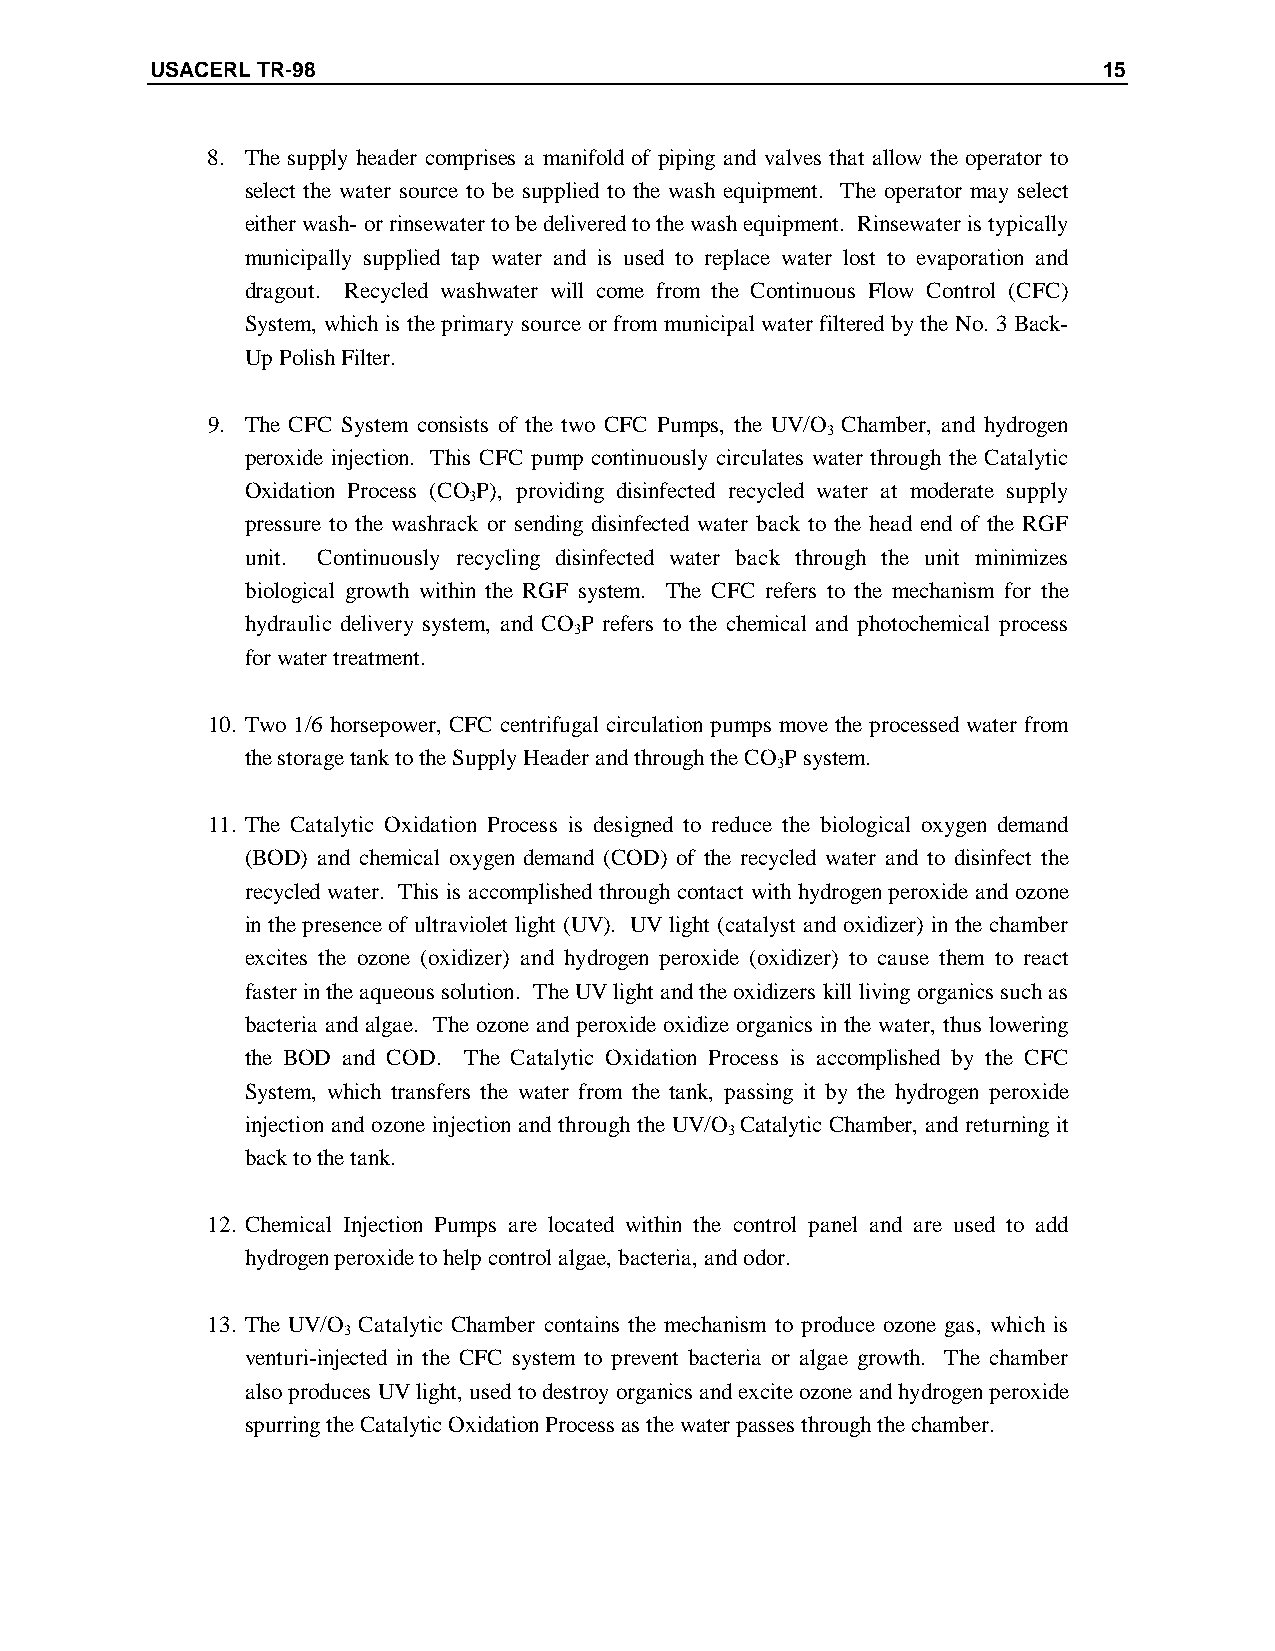
USACERL TR-98                                                  15
 8. The supply header comprises a manifold of piping and valves that allow the operator to
 select the water source to be supplied to the wash equipment. The operator may select
 either wash- or rinsewater to be delivered to the wash equipment. Rinsewater is typically
 municipally supplied tap water and is used to replace water lost to evaporation and
 dragout. Recycled washwater will come from the Continuous Flow Control (CFC)
 System, which is the primary source or from municipal water filtered by the No 3. Back-
 Up Polish Filter.
 9. The CFC System consists of the two CFC Pumps, the UV/O Chamber, and hydrogen
 3
 peroxide injection. This CFC pump continuously circulates water through the Catalytic
 Oxidation Process (COP), providing disinfected recycled water at moderate supply
 3
 pressure to the washrack or sending disinfected water back to the head end of the RGF
 unit. Continuously recycling disinfected water back through the unit minimizes
 biological growth within the RGF system. The CFC refers to the mechanism for the
 hydraulic delivery system, and COP refers to the chemical and photochemical process
 3
 for water treatment.
 10. Two 1/6 horsepower, CFC centrifugal circulation pumps move the processed water from
 the storage tank to the Supply Header and through the COP system.
 3
 11. The Catalytic Oxidation Process is designed to reduce the biological oxygen demand
 (BOD) and chemical oxygen demand (COD) of the recycled water and to disinfect the
 recycled water. This is accomplished through contact with hydrogen peroxide and ozone
 in the presence of ultraviolet light (UV). UV light (catalyst and oxidizer) in the chamber
 excites the ozone (oxidizer) and hydrogen peroxide (oxidizer) to cause them to react
 faster in the aqueous solution. The UV light and the oxidizers kill living organics such as
 bacteria and algae. The ozone and peroxide oxidize organics in the water, thus lowering
 the BOD and COD. The Catalytic Oxidation Process is accomplished by the CFC
 System, which transfers the water from the tank, passing it by the hydrogen peroxide
 injection and ozone injection and through the UV/O Catalytic Chamber, and returning it
 3
 back to the tank.
 12. Chemical Injection Pumps are located within the control panel and are used to add
 hydrogen peroxide to help control algae, bacteria, and odor.
 13. The UV/O Catalytic Chamber contains the mechanism to produce ozone gas, which is
 3
 venturi-injected in the CFC system to prevent bacteria or algae growth. The chamber
 also produces UV light, used to destroy organics and excite ozone and hydrogen peroxide
 spurring the Catalytic Oxidation Process as the water passes through the chamber.